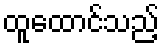
ထူထောင်သည့်